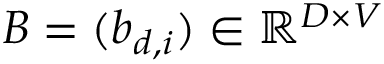
B = ( b _ { d , i } ) \in \mathbb { R } ^ { D \times V }